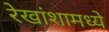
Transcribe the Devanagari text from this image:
रेखांशामध्ये